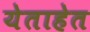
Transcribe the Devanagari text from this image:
येताहेत